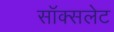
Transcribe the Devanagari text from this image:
सॉक्सलेट